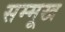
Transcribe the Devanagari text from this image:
सम्मूख